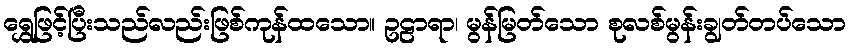
ရွှေဖြင့်ပြီးသည်လည်းဖြစ်ကုန်ထသော။ ဥဠာရာ၊ မွန်မြတ်သော စုလစ်မွန်းချွတ်တပ်သော